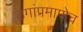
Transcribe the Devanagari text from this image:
ढगांप्रमाणेच